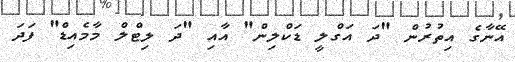
އޭނާގެ އިތުރުން "ދަ އަގްލީ ޑަކްލިން" އާއި "ދަ ލިޓްލް މާމެއިޑް" ފަދަ